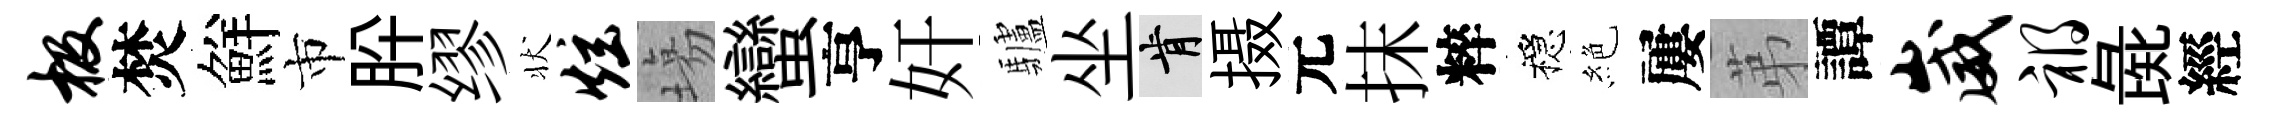
极焚鮮市肸缪状炫塲蠻亨奸驢坐肯摄元抹粹穩絶屢苐譚崴祸彘經